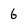
Character: 6